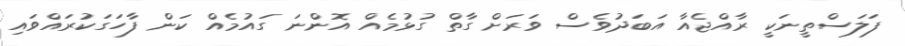
ފަލަސްތީނަކީ ރާއްޖެއާ އަބަދުވެސް ވަރަށް ގާތް ގުޅުމެއް އޮންނަ ގައުމެއް ކަން ފާހަގަކުރައްވައި